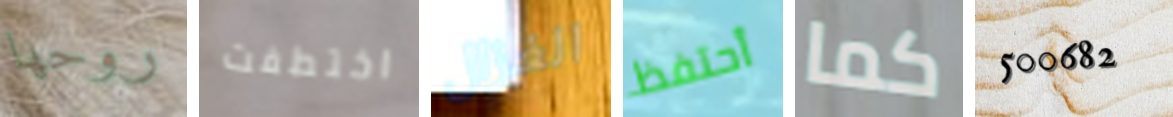
روحها اختطفت الغزال أحتفظ كما 500682